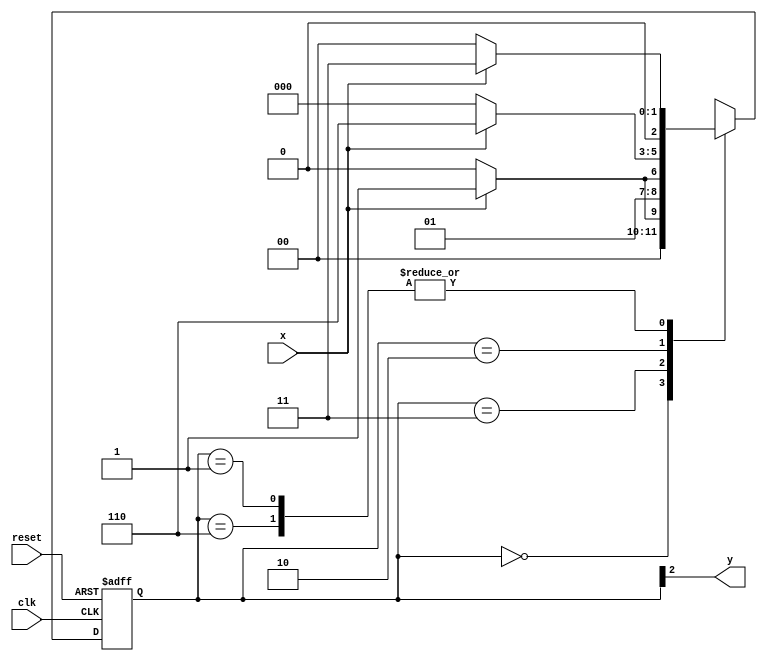
// Breno Macena Pereira de Souza
// 462017

//---------------
//-- Moore FMS
//---------------

// definicao de constantes
`define found 1
`define notfound 0

module moore1101 (y, x, clk, reset);
   output y;
   input x;
   input clk;
   input reset;
   reg y;

 parameter  // identificadores de estado
   start  = 3'b000,
   id1    = 3'b001,
   id11   = 3'b011,
   id110  = 3'b010,
   id1101 = 3'b110; // sinal encontrado

   reg[2:0] E1; // estado atual da variavel
   reg[2:0] E2; // proximo stado da saida logica

   // proximo estado logico
 always @ (x or E1)
  begin
  case (E1)
   start:
    if (x)
     E2 = id1;
    else
     E2 = start;
   id1:
    if (x)
     E2 = id11;
    else
     E2 = start;
   id11:
    if (x)
     E2 = id11;
    else
     E2 = id110;
   id110:
    if (x)
     E2 = id1101;
    else
     E2 = start;
   id1101:
    if (x)
     E2 = id11;
    else
     E2 = start;
    default: // estado indefinido
     E2 = 3'bxxx;
  endcase
 end // sempre no sinal ou estado de mudanca

 // variaveis de estado
 always @ (posedge clk or negedge reset)
  begin
   if (reset)
    E1 = E2; // atualiza o stado atual
   else
    E1 = 0;  // reset
  end // sempre em mudanca de sinal
  
  // saida logica
  always @ (E1)
   begin
    y = E1[2]; // primeiro bit do valor do estado
   end // sempre em mudanca de sinal

endmodule // moore1101